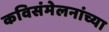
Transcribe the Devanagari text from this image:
कविसंमेलनांच्या